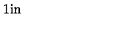
\mathrm { \fboxsep = . 1 i n \framebox { \displaystyle a _ \mu ^ { \xi } ( x ) : = \langle \Lambda | { \cal A } _ \mu ^ \xi ( x ) | \Lambda \rangle , \quad { \cal A } _ \mu ^ \xi ( x ) = \xi ^ \dagger ( x ) { \cal A } _ \mu ( x ) \xi ( x ) + { \frac { i } { g } } \xi ^ \dagger ( x ) \partial _ \mu \xi ( x ) , } }